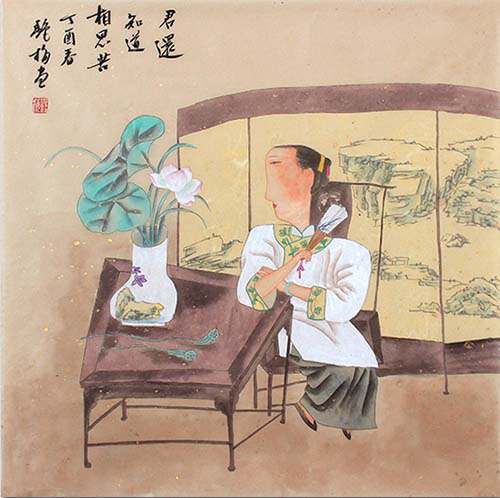
今春香肌瘦几分？缕带宽三寸。